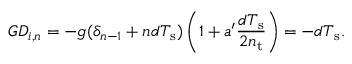
G D _ { i , n } = - g ( \delta _ { n - 1 } + n d T _ { \mathrm { s } } ) \left( 1 + a ^ { \prime } \frac { d T _ { \mathrm { s } } } { 2 n _ { \mathrm { t } } } \right) = - d T _ { \mathrm { s } } .